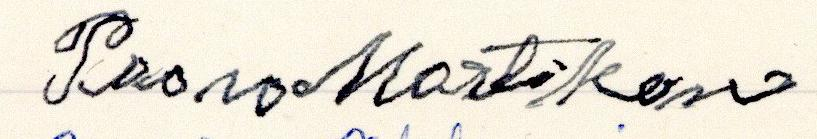
Paavo Martikain